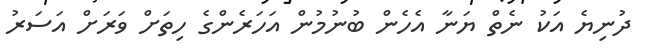
ދުނިޔެ އަކު ނެތް ޔަނާ އެހެން ބުނުމުން އަހަރެންގެ ހިތަށް ވަރަށް އަސަރު